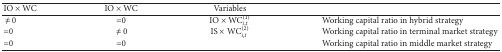
<table><thead><tr><td><b>IO × WC</b></td><td><b>IO × WC</b></td><td><b>Variables</b></td><td><b> </b></td></tr></thead><tbody><tr><td><i>≠</i>0</td><td>=0</td><td>IO × WC<sub><i>i</i>,<i>t</i></sub><sup>(1)</sup></td><td>Working capital ratio in hybrid strategy</td></tr><tr><td>=0</td><td><i>≠</i>0</td><td>IS × WC<sub><i>i</i>,<i>t</i></sub><sup>(2)</sup></td><td>Working capital ratio in terminal market strategy</td></tr><tr><td>=0</td><td>=0</td><td> </td><td>Working capital ratio in middle market strategy</td></tr></tbody></table>